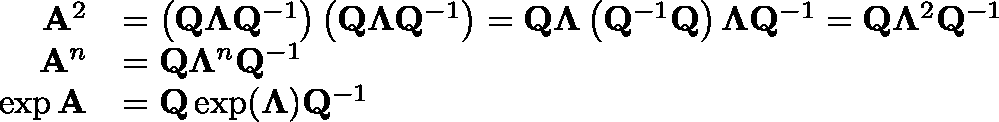
{ \begin{array} { r l } { \mathbf { A } ^ { 2 } } & { = \left( \mathbf { Q } \mathbf { \Lambda } \mathbf { Q } ^ { - 1 } \right) \left( \mathbf { Q } \mathbf { \Lambda } \mathbf { Q } ^ { - 1 } \right) = \mathbf { Q } \mathbf { \Lambda } \left( \mathbf { Q } ^ { - 1 } \mathbf { Q } \right) \mathbf { \Lambda } \mathbf { Q } ^ { - 1 } = \mathbf { Q } \mathbf { \Lambda } ^ { 2 } \mathbf { Q } ^ { - 1 } } \\ { \mathbf { A } ^ { n } } & { = \mathbf { Q } \mathbf { \Lambda } ^ { n } \mathbf { Q } ^ { - 1 } } \\ { \exp \mathbf { A } } & { = \mathbf { Q } \exp ( \mathbf { \Lambda } ) \mathbf { Q } ^ { - 1 } } \end{array} }